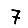
Digit: 7